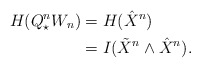
\begin{align*}H(Q_\star^n W_n)&=H(\hat{X}^n)\\&=I(\tilde{X}^n\wedge\hat{X}^n).\end{align*}